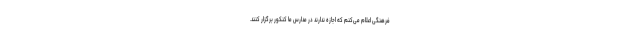
فرهنگی اعلام می‌کنم که اجازه ندارند در مدارس ما کنکور برگزار کنند.